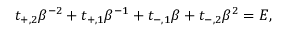
t _ { + , 2 } \beta ^ { - 2 } + t _ { + , 1 } \beta ^ { - 1 } + t _ { - , 1 } \beta + t _ { - , 2 } \beta ^ { 2 } = E ,